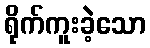
ရိုက်ကူးခဲ့သော